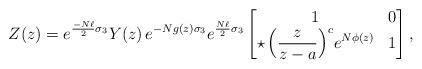
LaTeX: \begin{align*} Z(z)= e^{\frac{-N\ell}{2}\sigma_3}Y(z)\,e^{-Ng(z)\sigma_3}e^{\frac{N\ell}{2}\sigma_3}\begin{bmatrix}1&0 \\\displaystyle \star\,\Big(\frac{z}{z-a}\Big)^{c}e^{N\phi(z)}&1\end{bmatrix}, \end{align*}